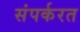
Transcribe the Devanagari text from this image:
संपर्करत